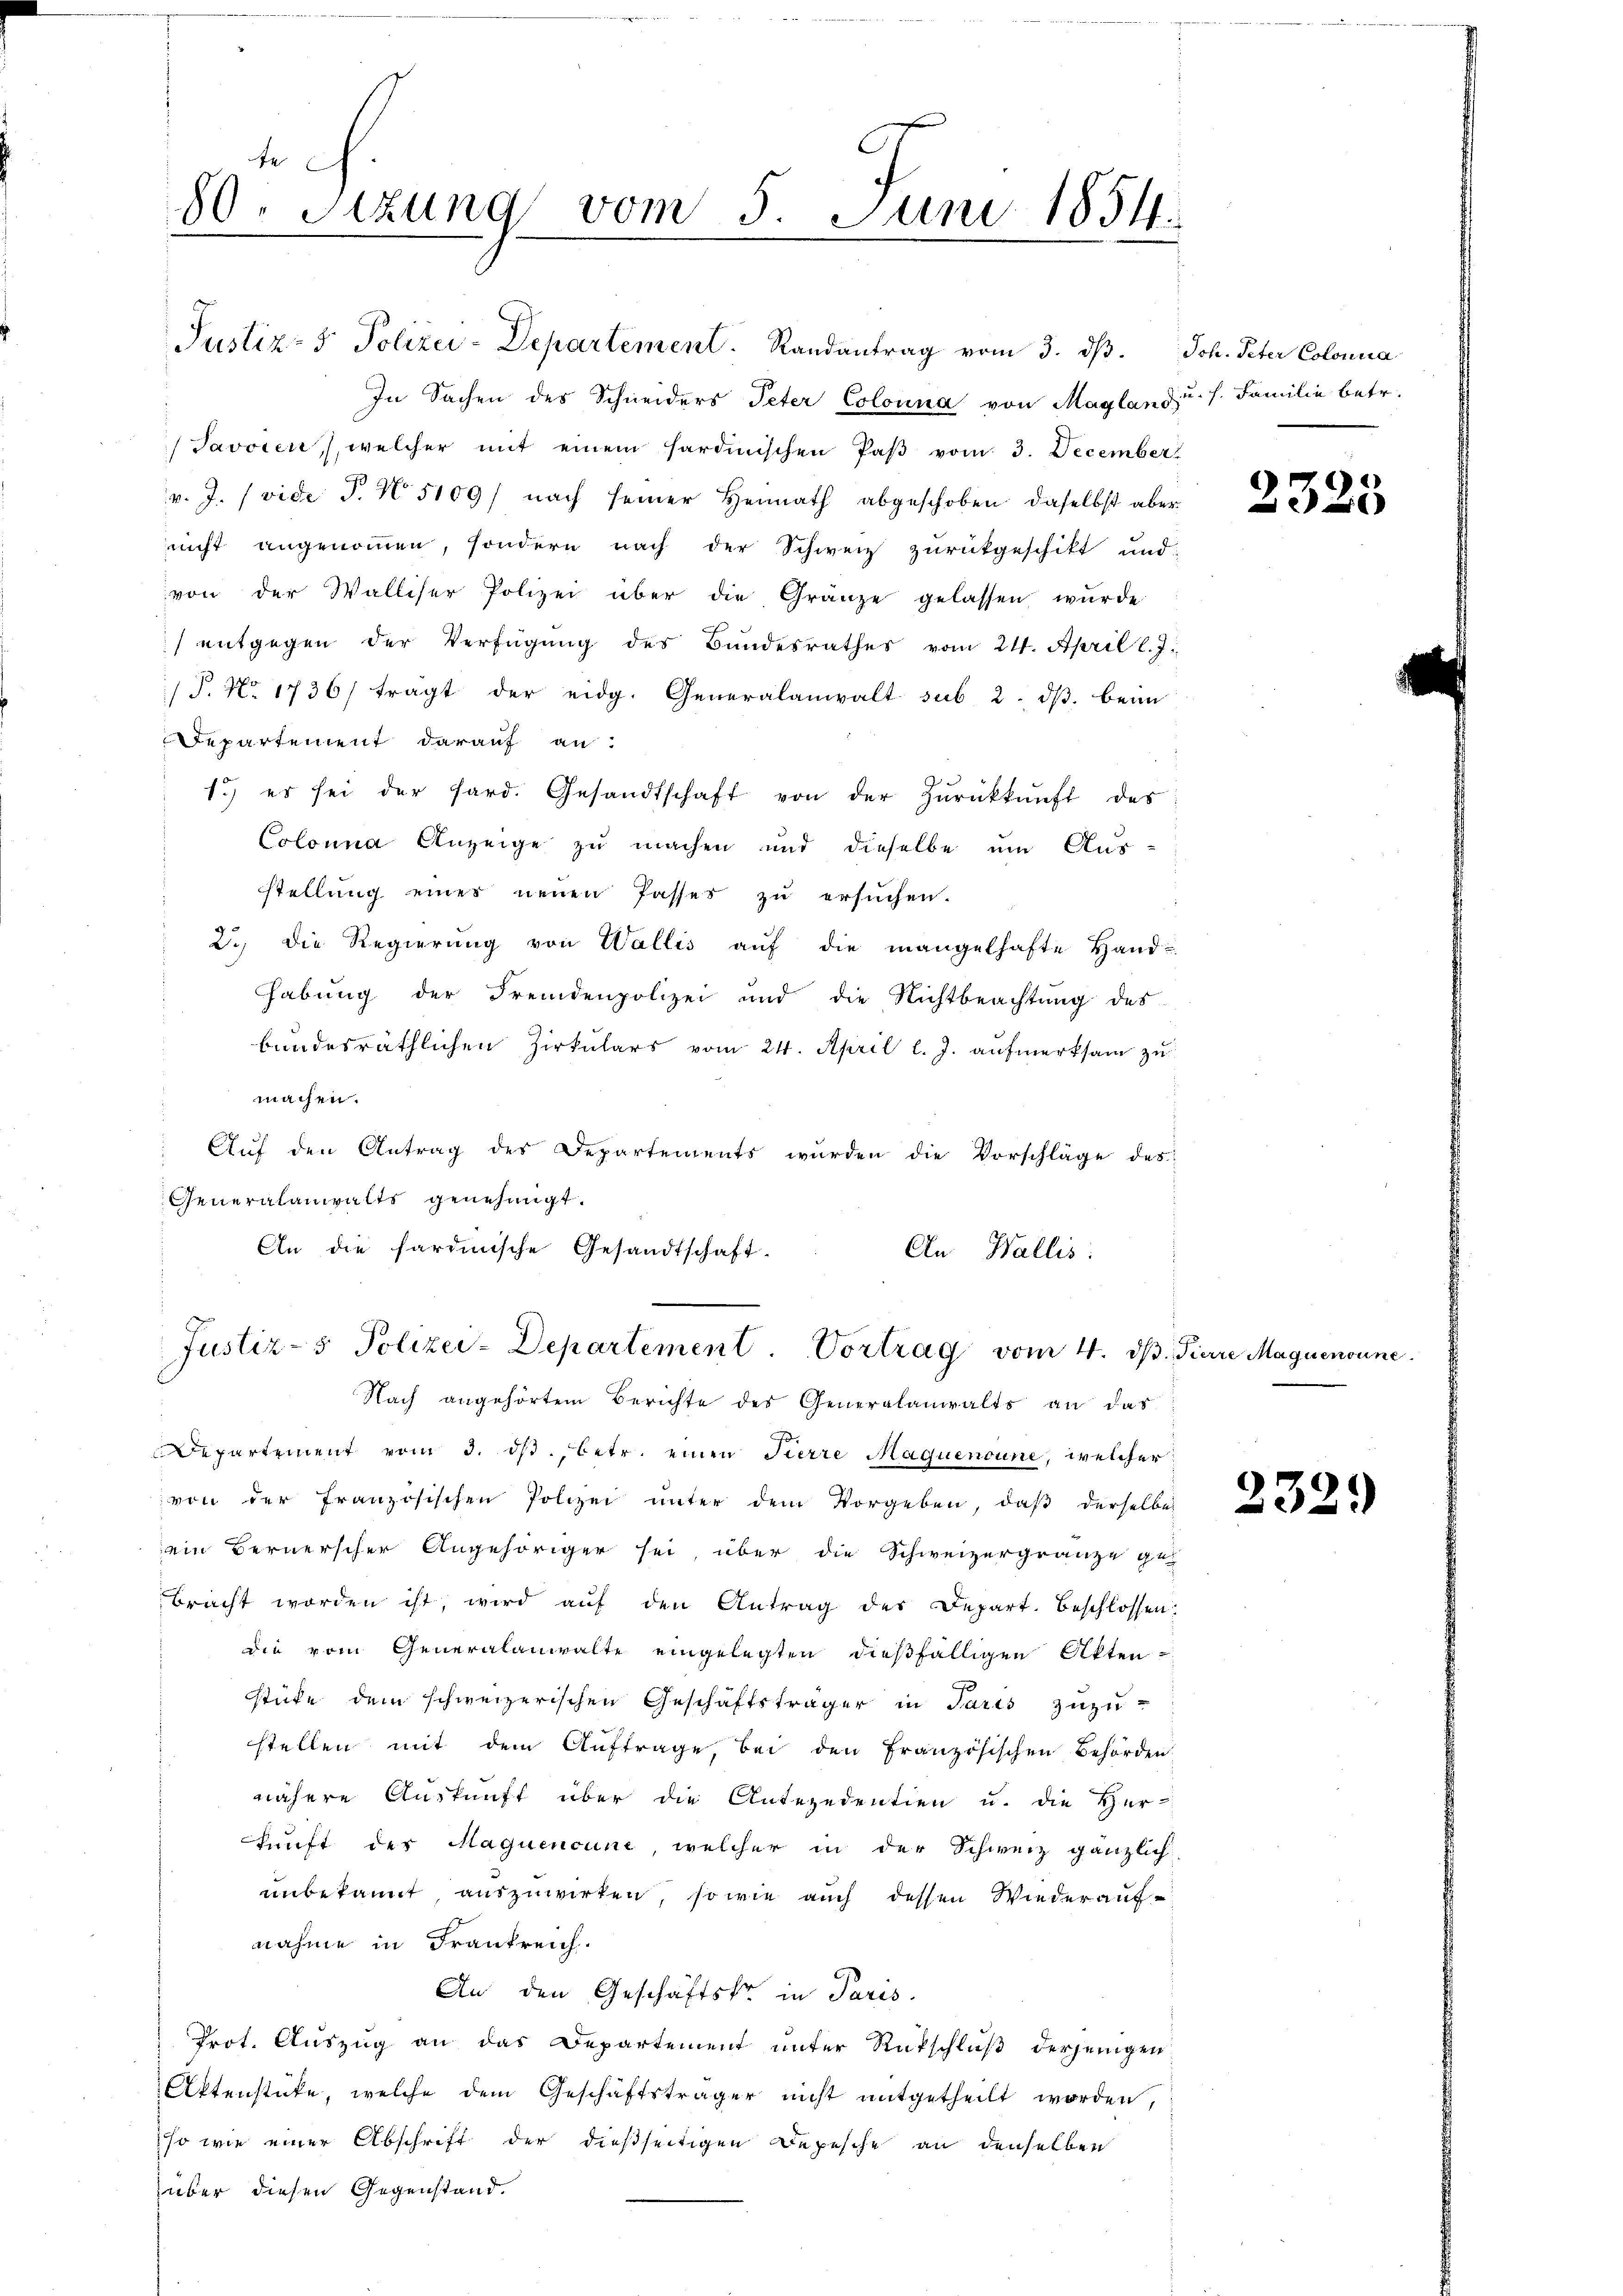
f
80. Sitzung vom 5. Juni 1854.

In Sachen des Schneiders Peter Colonna von Maglanz u. s. Familie betr.
Javoren, welcher mit einem sardinischen Paβ vom 3. December
v. J. (vide P. No. 5109) nach seiner Heimath abgeschoben, daselbst aber
nicht angenommen, sondern nach der Schweiz zurückgeschikt und
von der Walliser Polizei über die Gränze gelassen wurde
 entgegen der Verfügung des Bundesrathes vom 24. April l. J.
/S. No 1736/ tragt der eidg. Generalanwalt sub. 2. dβ beim
Departement darauf an:
d
1.) es sei der fard. Gesandtschaft von der Zŭrückkunft des
Colonia Anzeige zu machen und dieselbe um Ausstellung eines neuen Passes zu ersuchen.
2. die Regierung von Wallis aŭf die mangelhafte Hand-
habung der Fremdenpolizei und die Nichtbeachtung des
bundesräthlichen Zirkulars vom 24. April l. J. aufmerksam zu
machen.
Auf den Antrag des Departements wurden die Vorschläge des
Generalanwalts genehmigt.
An die sardinische Gesandtschaft-
An Wallis:

Justiz- & Polizei-Departement. Randantrag vom 3. dβ. Joh. Peter Colonia

Justiz- & Polizei-Departement. Vortrag vom 4. d. Pierre Maguenoune

Nach angehörtem Berichte des Generalanwalts an das
Departement vom 3. ds., betr. einen Tierre Maquenoune, welcher
von der französischen Polizei ŭnter dem Vorgeben, daβ derselbe
ein Bernerscher Angehöriger sei, über die Schweizergränze ge-
bracht worden ist, wird aŭf den Antrag der Depart. Beschlossen:
die vom Generalanwalte eingelegten dießfälligen Akten-
stüke dem schweizerischen Geschäftsträger in Paris zuzu-
stellen mit dem Auftrage, bei den Französischen Behörden
nähere Auskunft über die Antezedentien u. die Her-
kunft der Maguenoune, welcher in der Schweiz gänzlich
unbekannt auszuwirken, sowie auch dessen Wiederaufnahme in Frankreich.
An den Geschäftsko in Paris.
Prot. Auszug an das Departement unter Rückschluß derjenigen
Aktenstücke, welche dem Geschäftsträger nicht mitgetheilt worden,
so wie einer Abschrift der dießseitigen Depesche an denselben
über diesen Gegenstand.

2325

2329